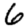
Digit: 6